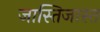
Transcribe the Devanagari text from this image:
जास्तिजास्त